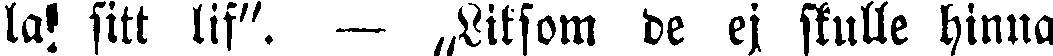
la! sitt lif". — „Liksom de ej skulle hinna